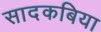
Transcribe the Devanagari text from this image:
सादकबिया